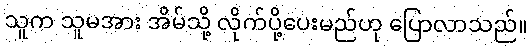
သူက သူမအား အိမ်သို့ လိုက်ပို့ပေးမည်ဟု ပြောလာသည်။